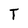
Character: T